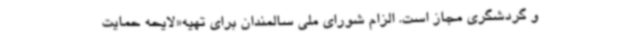
و گردشگری مجاز است. الزام شورای ملی سالمندان برای تهیه«لایحه حمایت